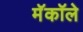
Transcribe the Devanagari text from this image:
मॅकॉले